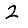
Digit: 2